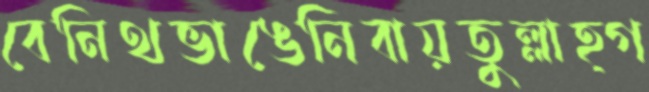
বেনিথভাঙেনিবায়তুল্লাহ্গ